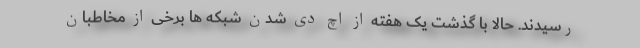
رسیدند. حالا با گذشت یک هفته از اچ دی شدن شبکه ها برخی از مخاطبان